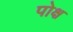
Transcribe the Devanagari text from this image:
पोक्ष